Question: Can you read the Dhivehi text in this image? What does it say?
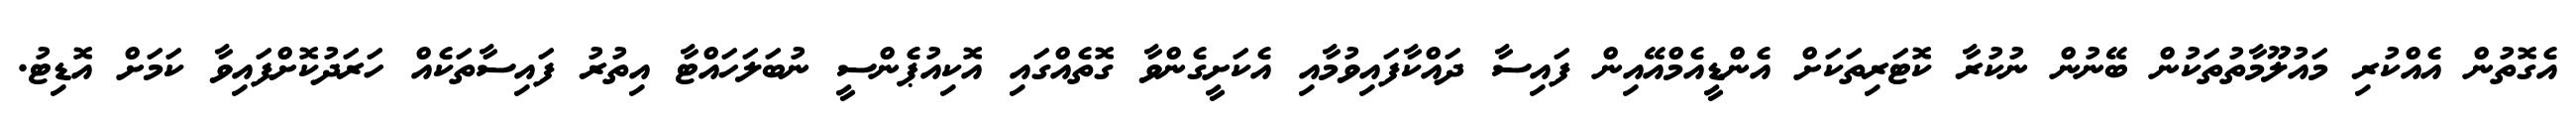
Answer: އެގޮތުން އެއްކުރި މައުލޫމާތުތަކުން ބޭނުން ނުކުރާ ކޮޓަރިތަކަށް އެންޑީއެމްއޭއިން ފައިސާ ދައްކާފައިވުމާއި އެކަށީގެންވާ ގޮތެއްގައި އޮކިއުޕެންސީ ނުބަލަހައްޓާ އިތުރު ފައިސާތަކެއް ހަރަދުކޮށްފައިވާ ކަމަށް އޮޑިޓު.